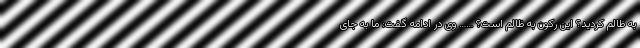
به ظالم کردید؟ این رکون به ظالم است؟ …… وی در ادامه گفت: ما به جای